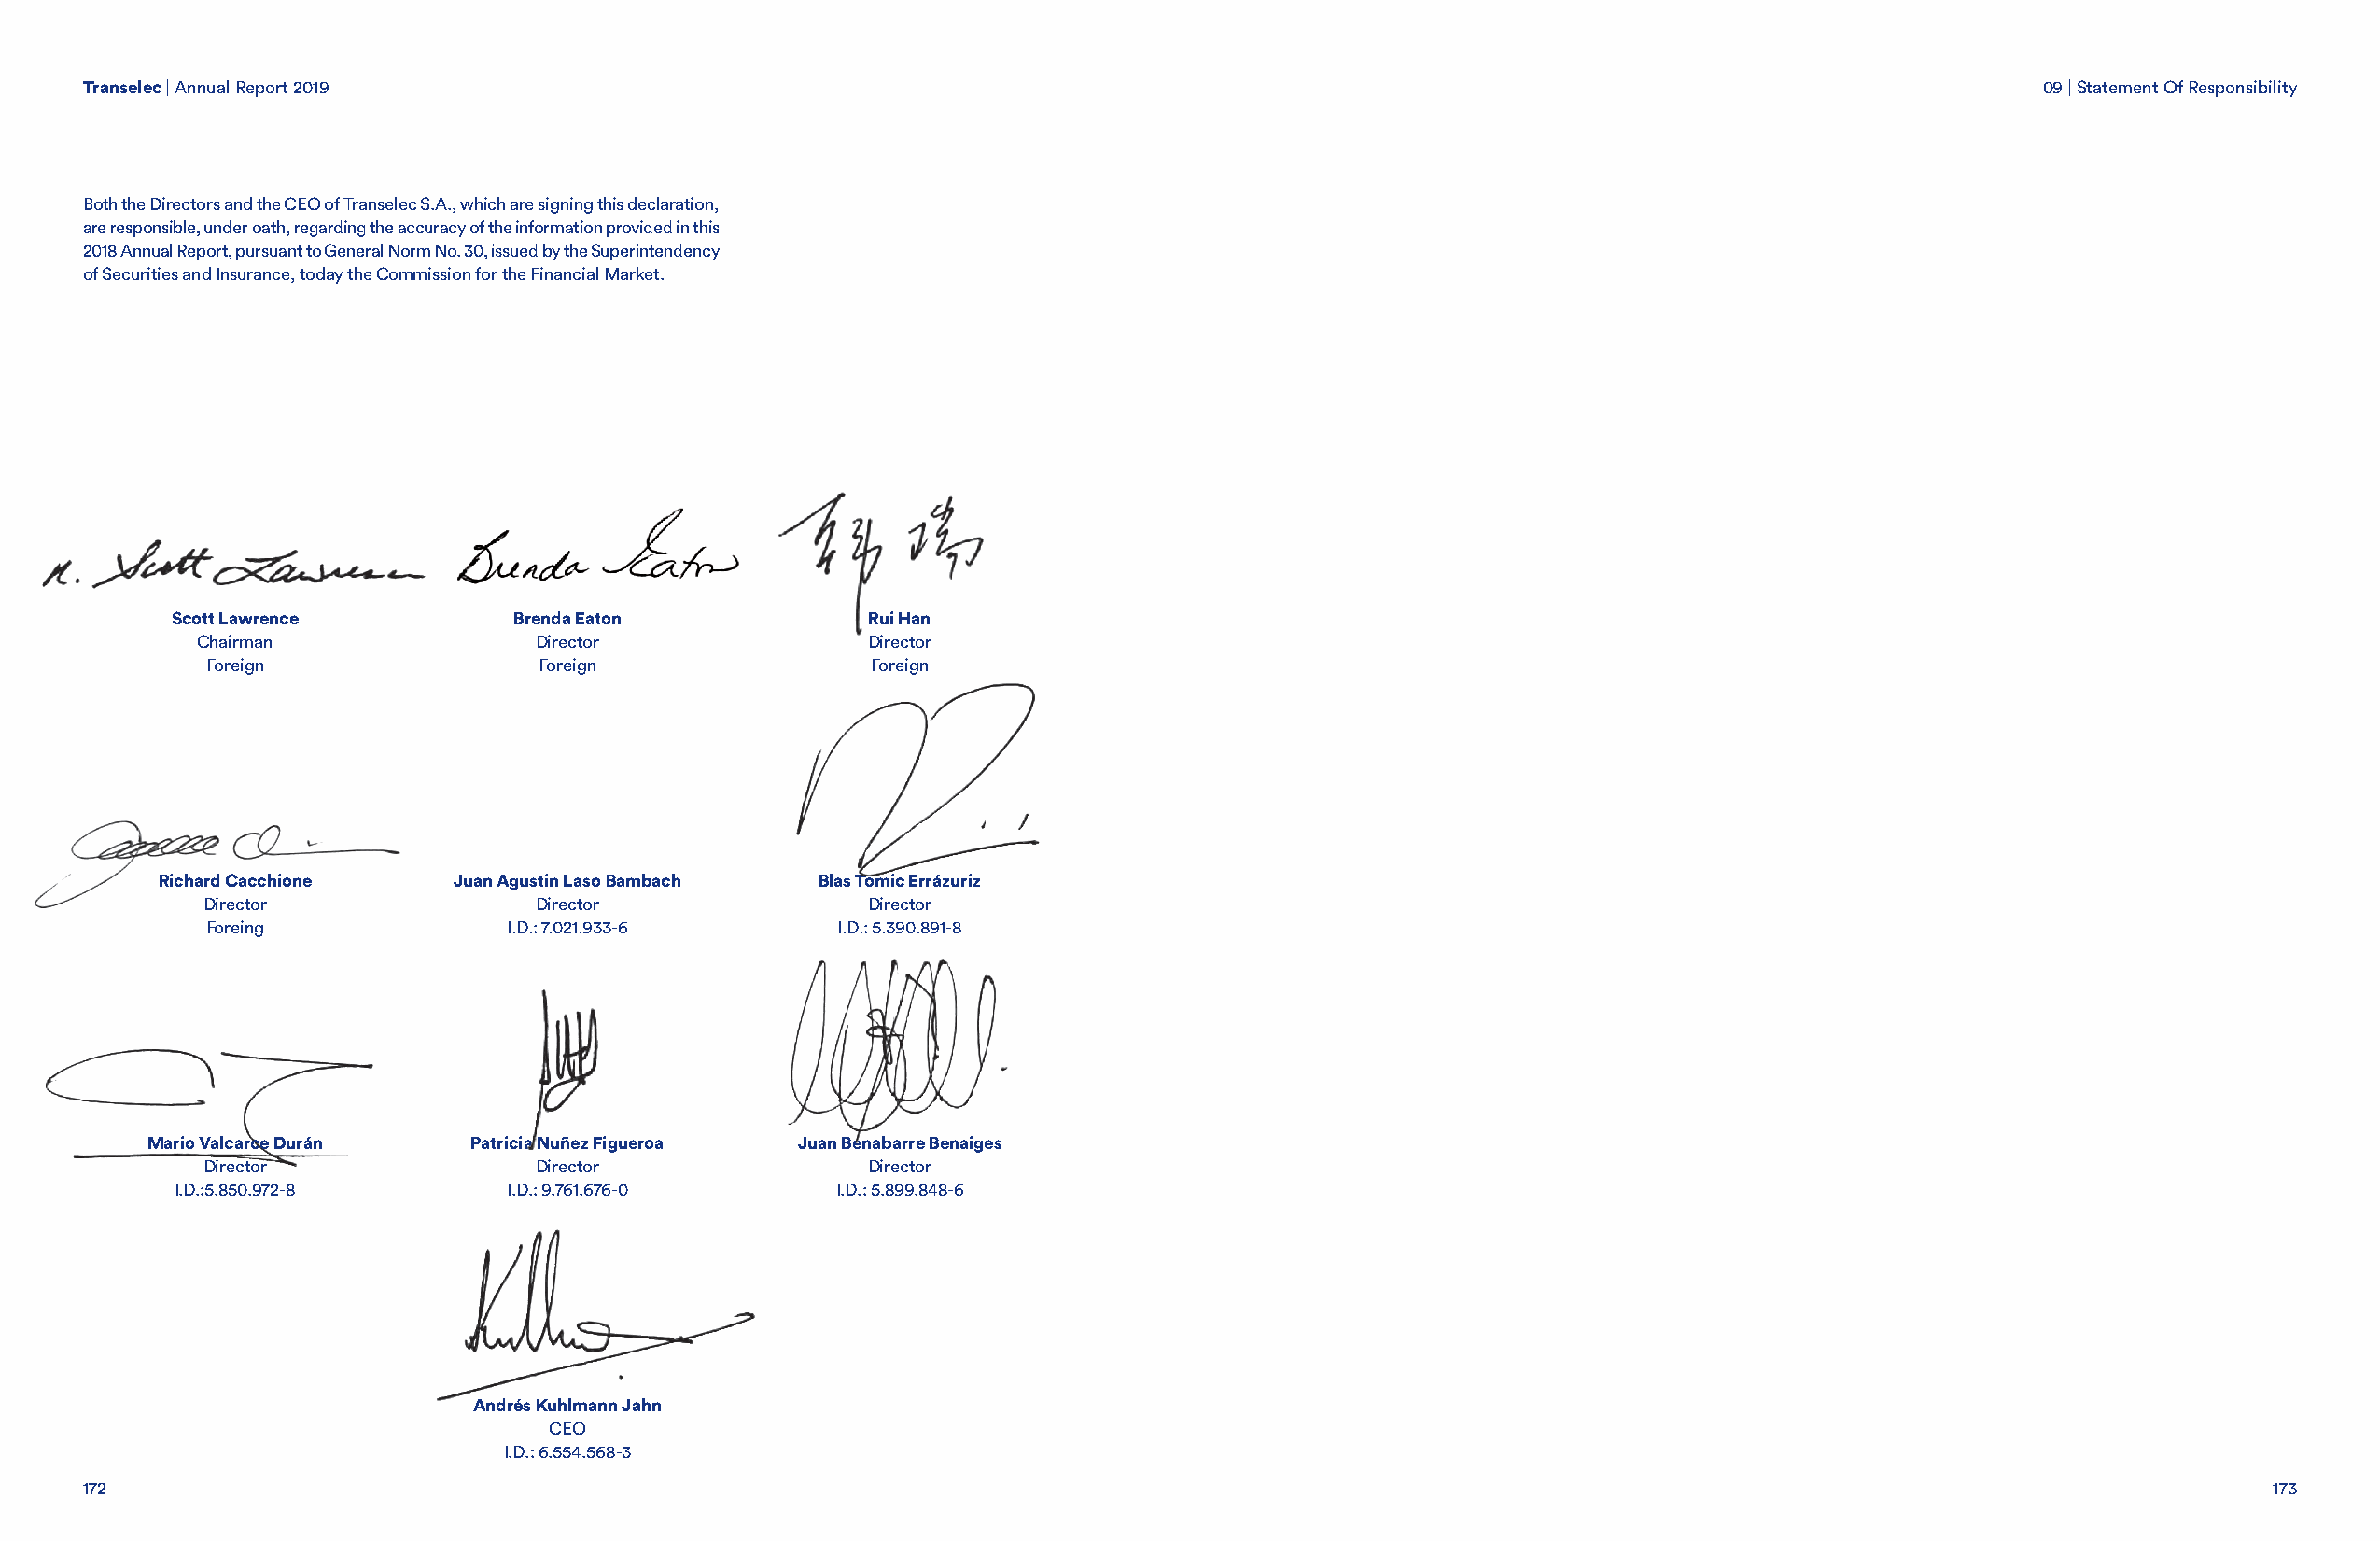
Transelec | Annual Report 2019                                                                                                             09 | Statement Of Responsibility
 Both the Directors and the CEO of Transelec S.A., which are signing this declaration,
 are responsible, under oath, regarding the accuracy of the information provided in this
 2018 Annual Report, pursuant to General Norm No. 30, issued by the Superintendency
 of Securities and Insurance, today the Commission for the Financial Market.
 Scott Lawrence          Brenda Eaton              Rui Han
 Chairman                Director                Director
 Foreign                Foreign                 Foreign
 Richard Cacchione    Juan Agustin Laso Bambach Blas Tomic Errázuriz
 Director                Director                Director
 Foreing              I.D.: 7.021.933-6      I.D.: 5.390.891-8
 Mario Valcarce Durán   Patricia Nuñez Figueroa Juan Benabarre Benaiges
 Director                Director                Director
 I.D.:5.850.972-8        I.D.: 9.761.676-0      I.D.: 5.899.848-6
 Andrés Kuhlmann Jahn
 CEO
 I.D.: 6.554.568-3
 172                                                                                                                                                        173